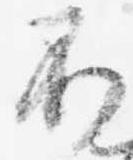
不